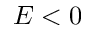
E < 0